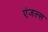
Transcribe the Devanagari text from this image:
एंजल्‍स